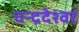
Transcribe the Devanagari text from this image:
चन्द्रदेश्वर